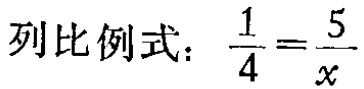
列比例式：\(\frac{1}{4}=\frac{5}{x}\)